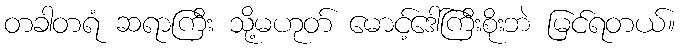
တခါတရံ ဆရာကြီး သို့မဟုတ် မောင့်ဒေါ်ကြီးစိုးဘဲ မြင်ရတယ်။